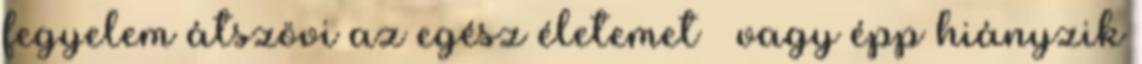
fegyelem átszövi az egész életemet – vagy épp hiányzik